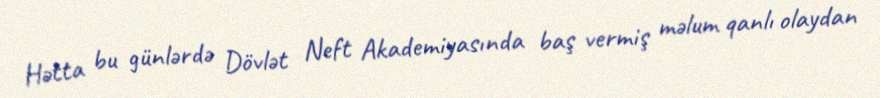
Hətta bu günlərdə Dövlət Neft Akademiyasında baş vermiş məlum qanlı olaydan